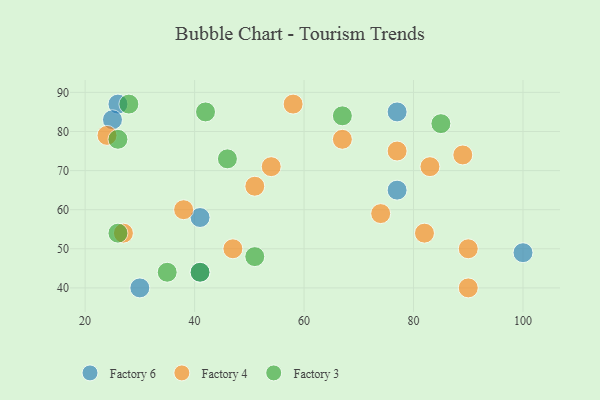
{"axis": {"x": "GDP", "y": "Life Expectancy"}, "legend": ["Factory 3", "Factory 4", "Factory 6"], "data": [{"x": "77", "y": 85, "type": "Factory 6"}, {"x": "41", "y": 58, "type": "Factory 6"}, {"x": "26", "y": 87, "type": "Factory 6"}, {"x": "30", "y": 40, "type": "Factory 6"}, {"x": "77", "y": 65, "type": "Factory 6"}, {"x": "41", "y": 44, "type": "Factory 6"}, {"x": "100", "y": 49, "type": "Factory 6"}, {"x": "25", "y": 83, "type": "Factory 6"}, {"x": "58", "y": 87, "type": "Factory 4"}, {"x": "24", "y": 79, "type": "Factory 4"}, {"x": "51", "y": 66, "type": "Factory 4"}, {"x": "83", "y": 71, "type": "Factory 4"}, {"x": "90", "y": 40, "type": "Factory 4"}, {"x": "54", "y": 71, "type": "Factory 4"}, {"x": "74", "y": 59, "type": "Factory 4"}, {"x": "82", "y": 54, "type": "Factory 4"}, {"x": "27", "y": 54, "type": "Factory 4"}, {"x": "38", "y": 60, "type": "Factory 4"}, {"x": "77", "y": 75, "type": "Factory 4"}, {"x": "47", "y": 50, "type": "Factory 4"}, {"x": "89", "y": 74, "type": "Factory 4"}, {"x": "90", "y": 50, "type": "Factory 4"}, {"x": "67", "y": 78, "type": "Factory 4"}, {"x": "26", "y": 78, "type": "Factory 3"}, {"x": "42", "y": 85, "type": "Factory 3"}, {"x": "28", "y": 87, "type": "Factory 3"}, {"x": "51", "y": 48, "type": "Factory 3"}, {"x": "35", "y": 44, "type": "Factory 3"}, {"x": "41", "y": 44, "type": "Factory 3"}, {"x": "67", "y": 84, "type": "Factory 3"}, {"x": "85", "y": 82, "type": "Factory 3"}, {"x": "26", "y": 54, "type": "Factory 3"}, {"x": "46", "y": 73, "type": "Factory 3"}]}